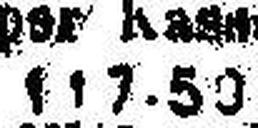
117.50